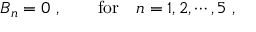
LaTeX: B _ { n } = 0 \ , ~ ~ ~ ~ ~ ~ \mathrm { f o r } ~ ~ ~ n = 1 , 2 , \cdots , 5 \ ,